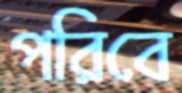
পরিবে